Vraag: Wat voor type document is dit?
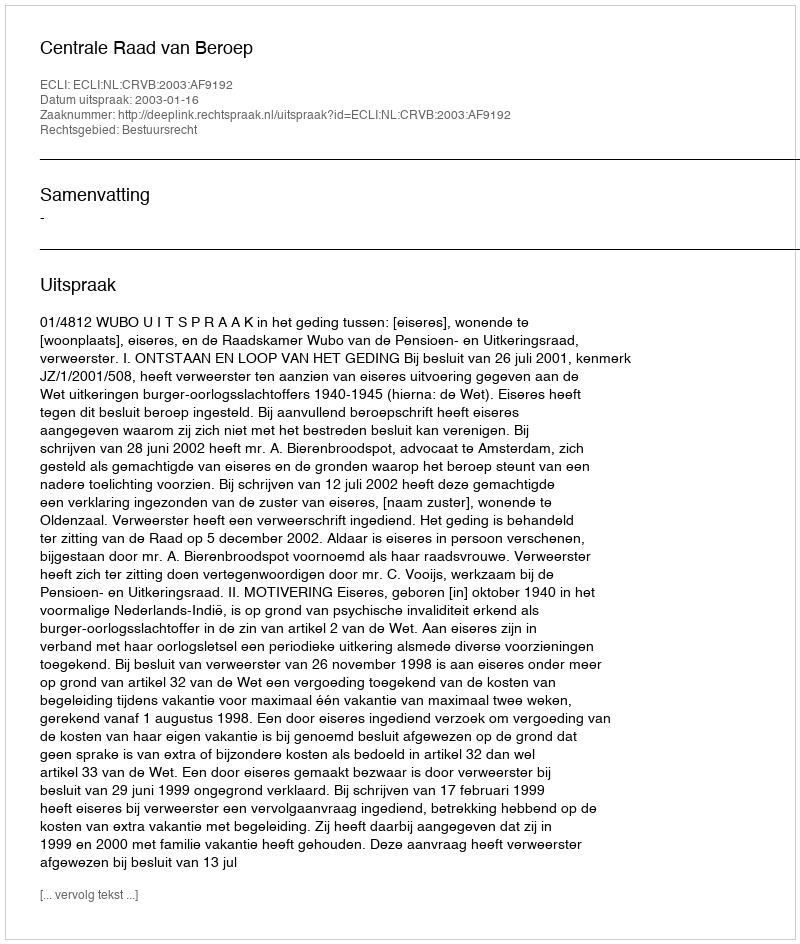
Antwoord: Uitspraak